Cholera in southern India
Disease focus: Cholera
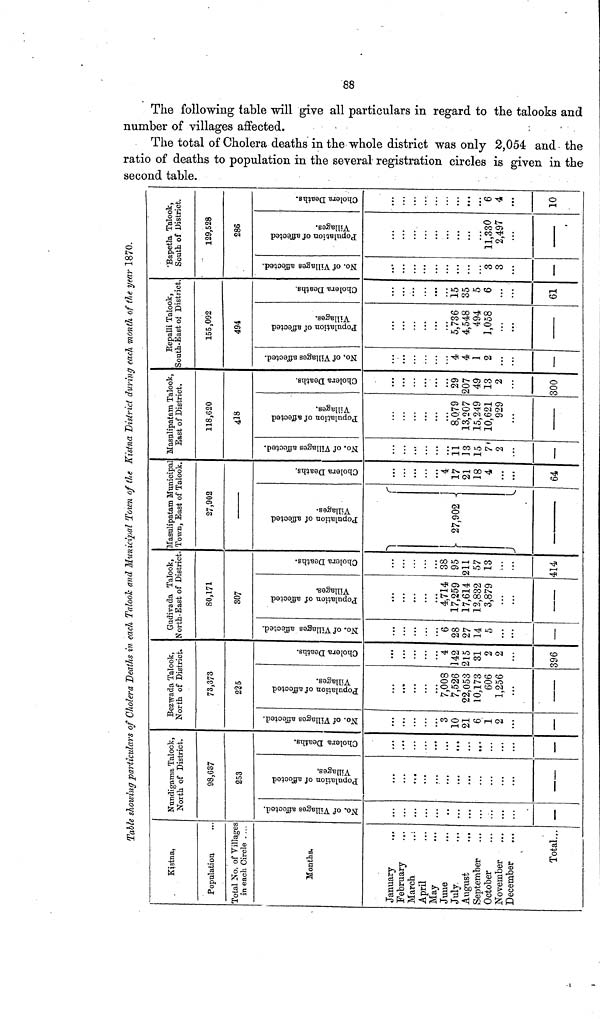
Table showing particulars of Cholera Deaths in each Talook and Municipal Town of the Kistna District during each month of the year 1870.
Kistna,
Population
Total No. of Villages
in each Circle ....
Months.
January
.,,
February
March
April
May
Juue
July.
August
September
October
November
December
Total...
Nundigama Talook,
North of District.
98,637
253
No. of Villages affected
—
Population of affected Villages
Cholera Deaths
• • •
Bezwada Talook,
North of District.
73,373
225
No. of Villages affected
3
10
21
6
1
2
—
Population of affected Villages
7,008
7,526
22,053
10,173
606
1,256
Cholera Deaths
4
]42
215
31
2
2
396
Gudivada Talook,
North-East of District
80,171
307
No. of Villages affected
6
28
27
14
5
—
Population of affected Villages
4,714
17,259
17,614
12,832
3,879
Cholera Deaths
38
95
211
57
13
...
414
Masulipatam Municipal
. Town, East of Talook
27,902
Population of affected Villages
27.902
Cholera Deaths
4
17
21
18
4
64
Masulipatam Talook,
East of District,
118,620
418
No. of Villages affected
n
13
15
7
2
—
Population of affected Villages
8,079
13,207
15,249
10,621
929
Cholera Deaths
29
207
49
13
2
300
Repalli Talook,
South-East of District
155,092
494
No. of Villages affected
4
4
1
2
—
Population of affected Villages
5,736
4,548
494
1,058
Cholera Deaths
15
35
5
6
...
61
Bapetla Talook,
South of District.
129,528
286
No. of Villages affected
3
3
—
Population of affected Villages
...
...
11,330
2,497
Cholera Deaths
• ••
...
6
4
10